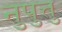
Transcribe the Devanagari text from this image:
नुपुत्तु